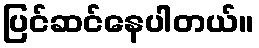
ပြင်ဆင်နေပါတယ်။